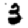
Digit: 3